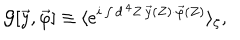
LaTeX: { \cal G } [ \vec { y } , \vec { \varphi } ] \equiv \langle e ^ { i \int d ^ { \, 4 } Z \, \vec { y } ( Z ) \cdot \vec { \varphi } ( Z ) } \rangle _ { \zeta } ,